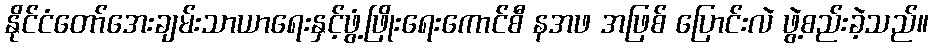
နိုင်ငံတော်အေးချမ်းသာယာရေးနှင့်ဖွံ့ဖြိုးရေးကောင်စီ နအဖ အဖြစ် ပြောင်းလဲ ဖွဲ့စည်းခဲ့သည်။